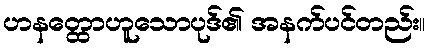
ဟနတ္ထောဟူသောပုဒ်၏ အနက်ပင်တည်း။